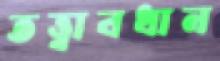
তত্ত্বাবধান